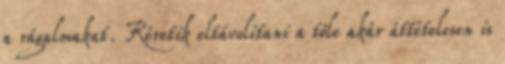
a rágalmakat. Kéretik eltávolítani a tőle akár áttételesen is